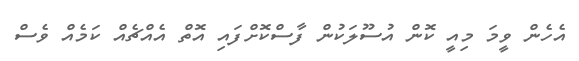
އެހެން ވީމަ މިއީ ކޮން އުސޫލަކުން ފާސްކޮށްފައި އޮތް އެއްޗެއް ކަމެއް ވެސް